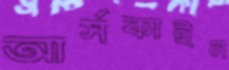
আর্সকাইন